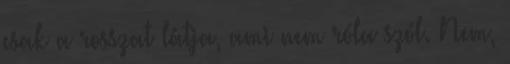
csak a rosszat látja, ami nem róla szól. Nem,